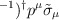
\begin{align*}^{-1})^{\dagger }p^{\mu }\tilde{\sigma}_{\mu }\end{align*}